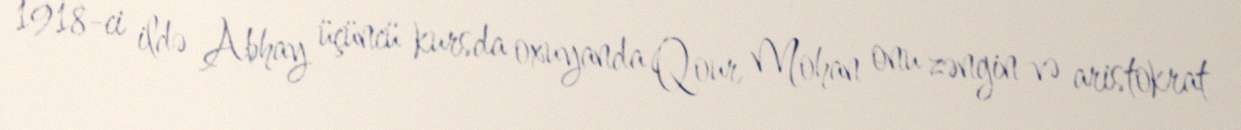
1918-ci ildə Abhay üçüncü kursda oxuyanda Qour Mohan onu zəngin və aristokrat